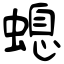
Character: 螅